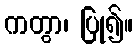
ကတွာ၊ ပြု၍။